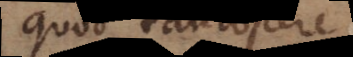
quod tantopere